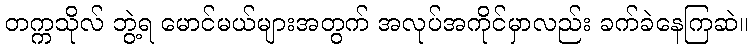
တက္ကသိုလ် ဘွဲ့ရ မောင်မယ်များအတွက် အလုပ်အကိုင်မှာလည်း ခက်ခဲနေကြဆဲ။